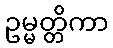
ဥမ္မတ္တိကာ